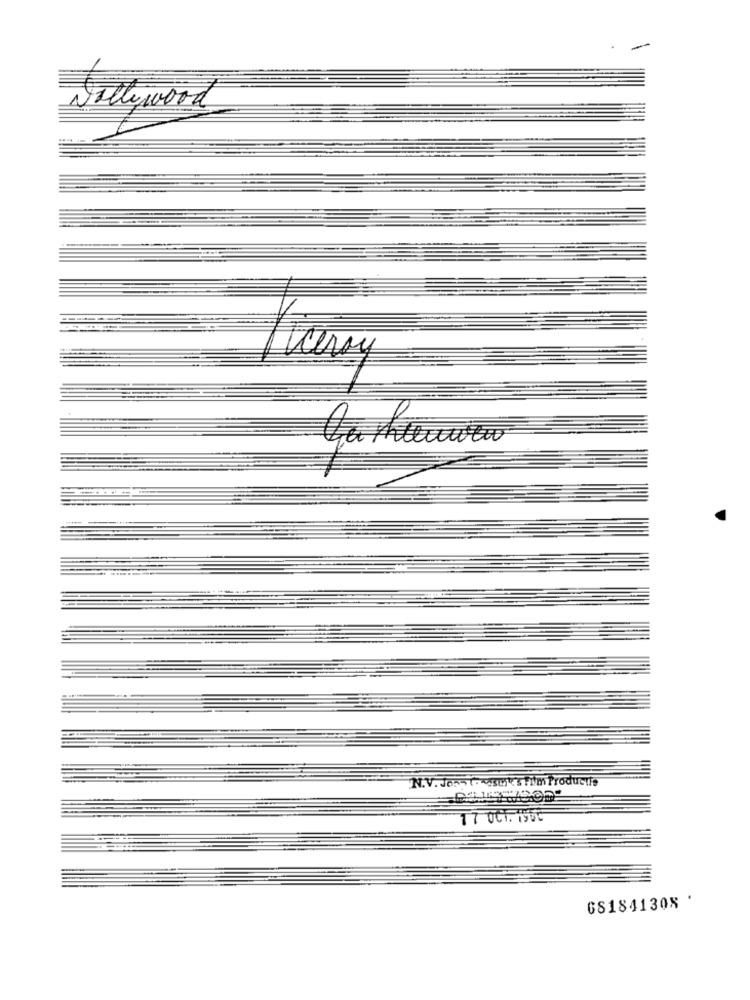
Nollywood
Ceray
--*
N.V. Jos (rasselt Film Production
17 OCT. 1950
681841308